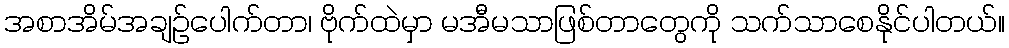
အစာအိမ်အချဉ်ပေါက်တာ၊ ဗိုက်ထဲမှာ မအီမသာဖြစ်တာတွေကို သက်သာစေနိုင်ပါတယ်။